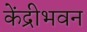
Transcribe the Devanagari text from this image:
केंद्रीभवन